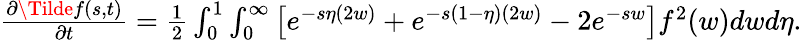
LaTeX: \begin{array}{r}{\begin{array}{r}{\frac{\partial\Tilde{f}(s,t)}{\partial t}=\frac{1}{2}\int_{0}^{1}\int_{0}^{\infty}\left[e^{-s\eta(2w)}+e^{-s(1-\eta)(2w)}-2e^{-sw}\right]f^{2}(w)dwd\eta.}\end{array}}\end{array}